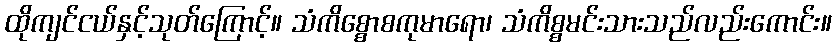
ထိုကျင်ငယ်နှင့်သုတ်ကြောင့်။ သံကိစ္စောစကုမာရော၊ သံကိစ္စမင်းသားသည်လည်းကောင်း။